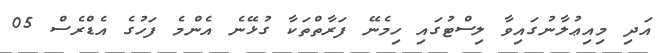
އަދި މިއިޢުލާނުގައިވާ ލިސްޓުގައި ހިމެނޭ ފަރާތްތަކާ ގުޅޭނެ އެންމެ ފަހުގެ އެޑްރެސް 05